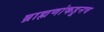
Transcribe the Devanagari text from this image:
ब्राह्मणांकडूनच